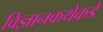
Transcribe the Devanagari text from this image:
विज्ञानकथेकडे